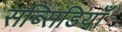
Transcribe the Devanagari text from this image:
सब्सिडियाँ